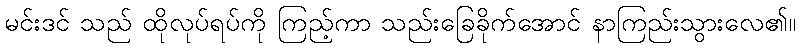
မင်းဒင် သည် ထိုလုပ်ရပ်ကို ကြည့်ကာ သည်းခြေခိုက်အောင် နာကြည်းသွားလေ၏။